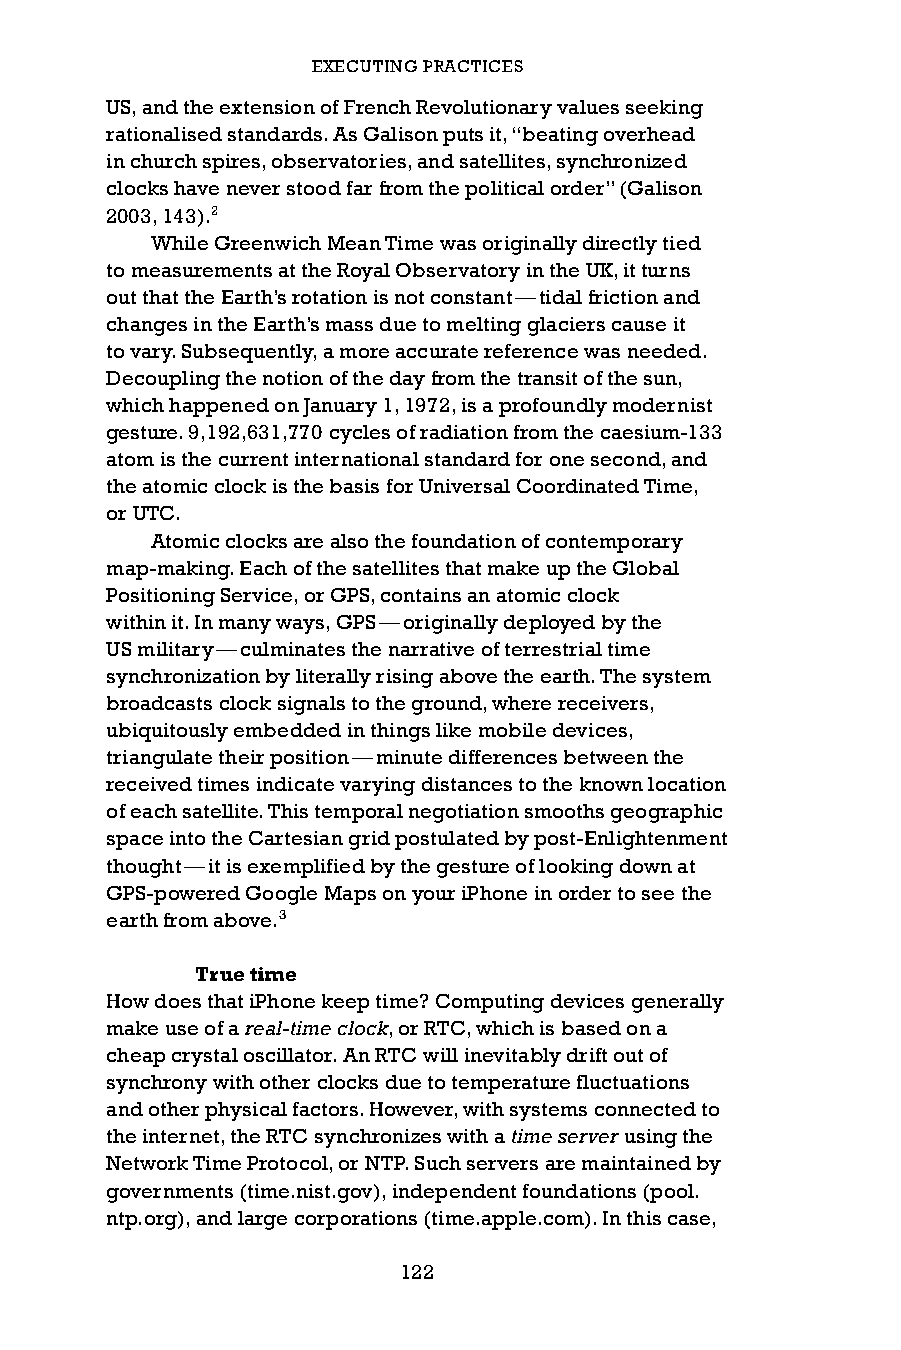
EXECUTING PRACTICES
 US, and the extension of French Revolutionary values seeking
 rationalised standards. As Galison puts it, “beating overhead
 in church spires, observatories, and satellites, synchronized
 clocks have never stood far from the political order” (Galison
 2003, 143).2
 While Greenwich Mean Time was originally directly tied
 to measurements at the Royal Observatory in the UK, it turns
 out that the Earth’s rotation is not constant — tidal friction and
 changes in the Earth’s mass due to melting glaciers cause it
 to vary. Subsequently, a more accurate reference was needed.
 Decoupling the notion of the day from the transit of the sun,
 which happened on January 1, 1972, is a profoundly modernist
 gesture. 9,192,631,770 cycles of radiation from the caesium-133
 atom is the current international standard for one second, and
 the atomic clock is the basis for Universal Coordinated Time,
 or UTC.
 Atomic clocks are also the foundation of contemporary
 map-making. Each of the satellites that make up the Global
 Positioning Service, or GPS, contains an atomic clock
 within it. In many ways, GPS — originally deployed by the
 US military — culminates the narrative of terrestrial time
 synchronization by literally rising above the earth. The system
 broadcasts clock signals to the ground, where receivers,
 ubiquitously embedded in things like mobile devices,
 triangulate their position — minute differences between the
 received times indicate varying distances to the known location
 of each satellite. This temporal negotiation smooths geographic
 space into the Cartesian grid postulated by post-Enlightenment
 thought — it is exemplified by the gesture of looking down at
 GPS-powered Google Maps on your iPhone in order to see the
 earth from above.3
 True time
 How does that iPhone keep time? Computing devices generally
 make use of a real-time clock, or RTC, which is based on a
 cheap crystal oscillator. An RTC will inevitably drift out of
 synchrony with other clocks due to temperature fluctuations
 and other physical factors. However, with systems connected to
 the internet, the RTC synchronizes with a time server using the
 Network Time Protocol, or NTP. Such servers are maintained by
 governments (time.nist.gov), independent foundations (pool.
 ntp.org), and large corporations (time.apple.com). In this case,
 122